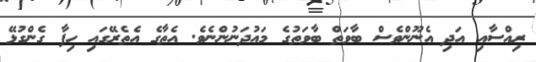
ރިއްސާއި އަދި އެނޫންވެސް ބާވަތް ބާވަތުގެ މައުދަނުންނެވެ. އެތާގެ އެތެރޭގައި ހިފާ ގެންގުޅޭ